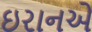
ઇરાનએ